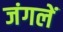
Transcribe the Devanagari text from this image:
जंगलें